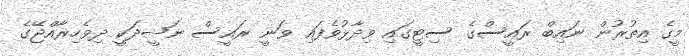
މީގެ އިތުރުން ނައިބް ރައީސްގެ ސިޓީގައި ވިދާޅުވެފައި ވަނީ ރައީސް ނަޝީދަކީ ދިވެހިރާއްޖޭގެ